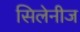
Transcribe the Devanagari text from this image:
सिलेनीज